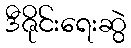
ဒီဇိုင်းရေးဆွဲ